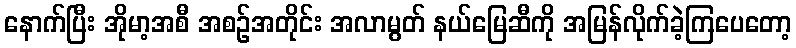
နောက်ပြီး အိုမာ့အစီ အစဉ်အတိုင်း အလာမွတ် နယ်မြေဆီကို အမြန်လိုက်ခဲ့ကြပေတော့